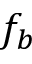
f _ { b }